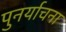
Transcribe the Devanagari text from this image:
पुनर्याचना